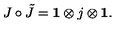
J \circ \tilde { J } = { \bf 1 } \otimes j \otimes { \bf 1 } .